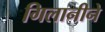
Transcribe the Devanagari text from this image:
गिलानीने